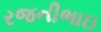
રજનીભાઇ